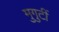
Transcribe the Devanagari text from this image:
मुगुटीं